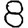
Digit: 8